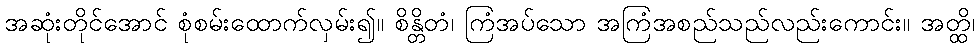
အဆုံးတိုင်အောင် စုံစမ်းထောက်လှမ်း၍။ စိန္တိတံ၊ ကြံအပ်သော အကြံအစည်သည်လည်းကောင်း။ အတ္ထိ၊